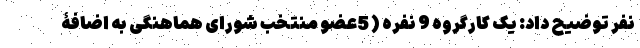
نفر توضیح داد: یک کارگروه 9 نفره ( 5عضو منتخب شورای هماهنگی به اضافۀ